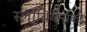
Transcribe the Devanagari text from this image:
स्लावियन्सकी